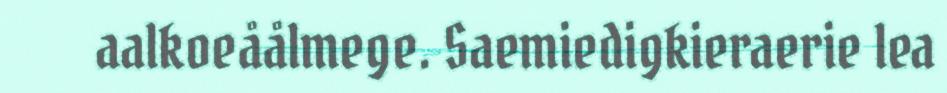
aalkoeåålmege. Saemiedigkieraerie lea